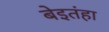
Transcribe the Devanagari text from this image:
बेइतंहा